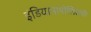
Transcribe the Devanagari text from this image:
इंडियानापोलिसची